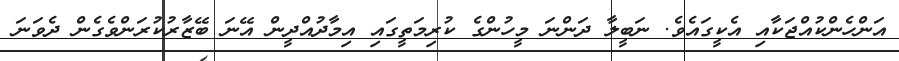
އަންހެންކުއްޖަކާއި އެކީގައެވެ. ނަބީލާ ދަންނަ މީހުންގެ ކުރިމަތީގައި އިމާދުއްދީން އޭނަ ބޭޒާރުކުރަންވެގެން ދެވަނަ